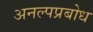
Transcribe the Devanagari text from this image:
अनल्पप्रबोध